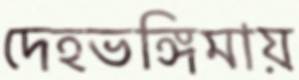
দেহভঙ্গিমায়